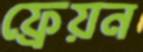
ফ্রেয়ন